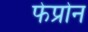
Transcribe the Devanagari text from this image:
फेप्रोन